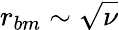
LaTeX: r_{bm}\sim\sqrt{\nu}